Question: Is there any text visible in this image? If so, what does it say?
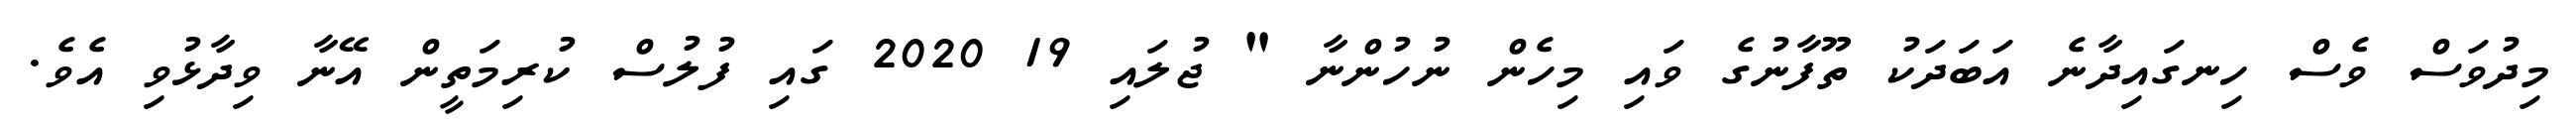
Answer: މިދުވަސް ވެސް ހިނގައިދާނެ އަބަދަކު ތޫފާނުގެ ވައި މިހެން ނުހުންނާ " ޖުލައި 19 2020 ގައި ފުލުސް ކުރިމަތީން އޭނާ ވިދާޅުވި އެވެ.